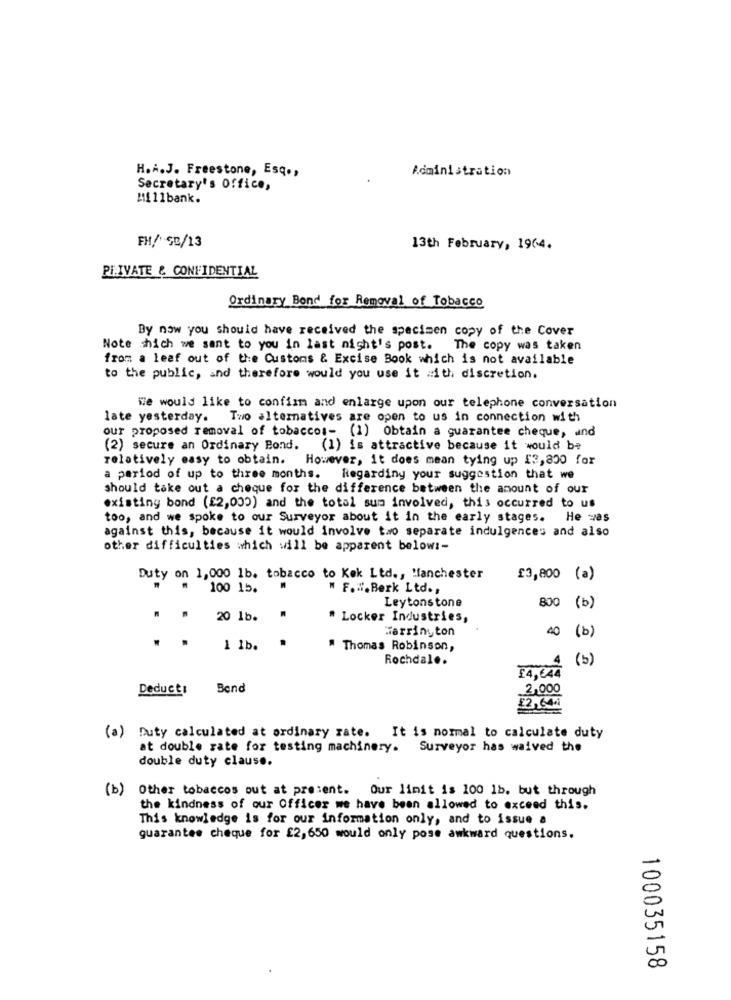
H.A.J. Freestone, Esq .,
Administration
Secretary's Office,
M1111 bank.
FH/ 50/13
13th February, 1964.
PRIVATE & CONFIDENTIAL
Ordinary Bond for Removal of Tobacco
By now you should have received the specimen copy of the Cover
Note which we sent to you in last night's post. The copy was taken
from a leaf out of the Customs & Excise Book which is not available
to the public, and therefore would you use it with discretion.
We would like to confirm and enlarge upon our telephone conversation
late yesterday.
Two alternatives are open to us in connection with
our proposed removal of tobaccos- (1) Obtain a guarantee cheque, and
(2) secure an Ordinary Bond.
(1) is attractive because it would be
relatively easy to obtain. However, it does mean tying up 13,800 for
a period of up to three months.
Regarding your suggestion that we
should take out a cheque for the difference between the amount of our
existing bond (£2,000) and the total sua involved, this occurred to us
too, and we spoke to our Surveyor about it in the early stages.
He was
against this, because it would involve two separate indulgences and also
other difficulties which will be apparent below :-
Duty on 1,000 1b. tobacco to Kek Ltd ., Manchester
£3,800 (a)
100 15.
" F. W. Berk Ltd .,
Leytonstone
800 (b)
. .
20 1b.
# Locker Industries,
Harrington
40 (b)
.
1 1b.
" Thomas Robinson,
Rochdale.
1 (5)
14,644
Deduct:
Bond
2,000
12,600
(a) Duty calculated at ordinary rate. It is normal to calculate duty
at double rate for testing machinery. Surveyor has waived the
double duty clause.
(b)
Other tobaccos out at present. Our limit is 100 1b. but through
the kindness of our Officer we have been allowed to exceed this.
This knowledge is for our information only, and to issue a
guarantee cheque for £2,650 would only pose awkward questions.
-
5
100035158